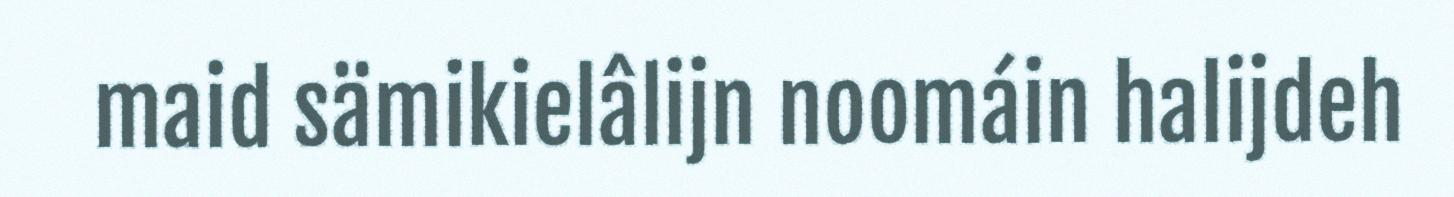
maid sämikielâlijn noomáin halijdeh